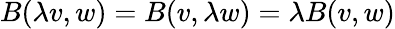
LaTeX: B(\lambda v,w)=B(v,\lambda w)=\lambda B(v,w)